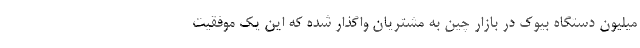
میلیون دستگاه بیوک در بازار چین به مشتریان واگذار شده که این یک موفقیت